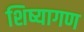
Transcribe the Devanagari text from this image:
शिष्यागण